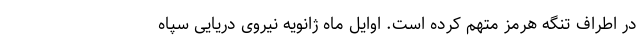
در اطراف تنگه هرمز متهم کرده است. اوایل ماه ژانویه نیروی دریایی سپاه